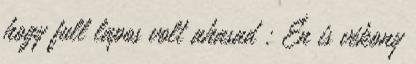
hogy full lapos volt ahasad : Én is vékony